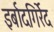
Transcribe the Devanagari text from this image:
इर्बादगिर्रेद